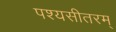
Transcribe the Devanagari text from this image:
पश्यसीतरम्